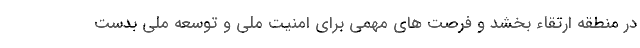
در منطقه ارتقاء بخشد و فرصت های مهمی برای امنیت ملی و توسعه ملی بدست